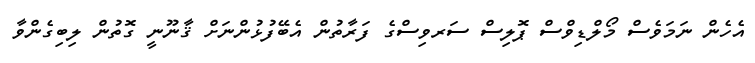
އެހެން ނަމަވެސް މޯލްޑިވްސް ޕޮލިސް ސަރވިސްގެ ފަރާތުން އެބޭފުޅުންނަށް ޤާނޫނީ ގޮތުން ލިބިގެންވާ